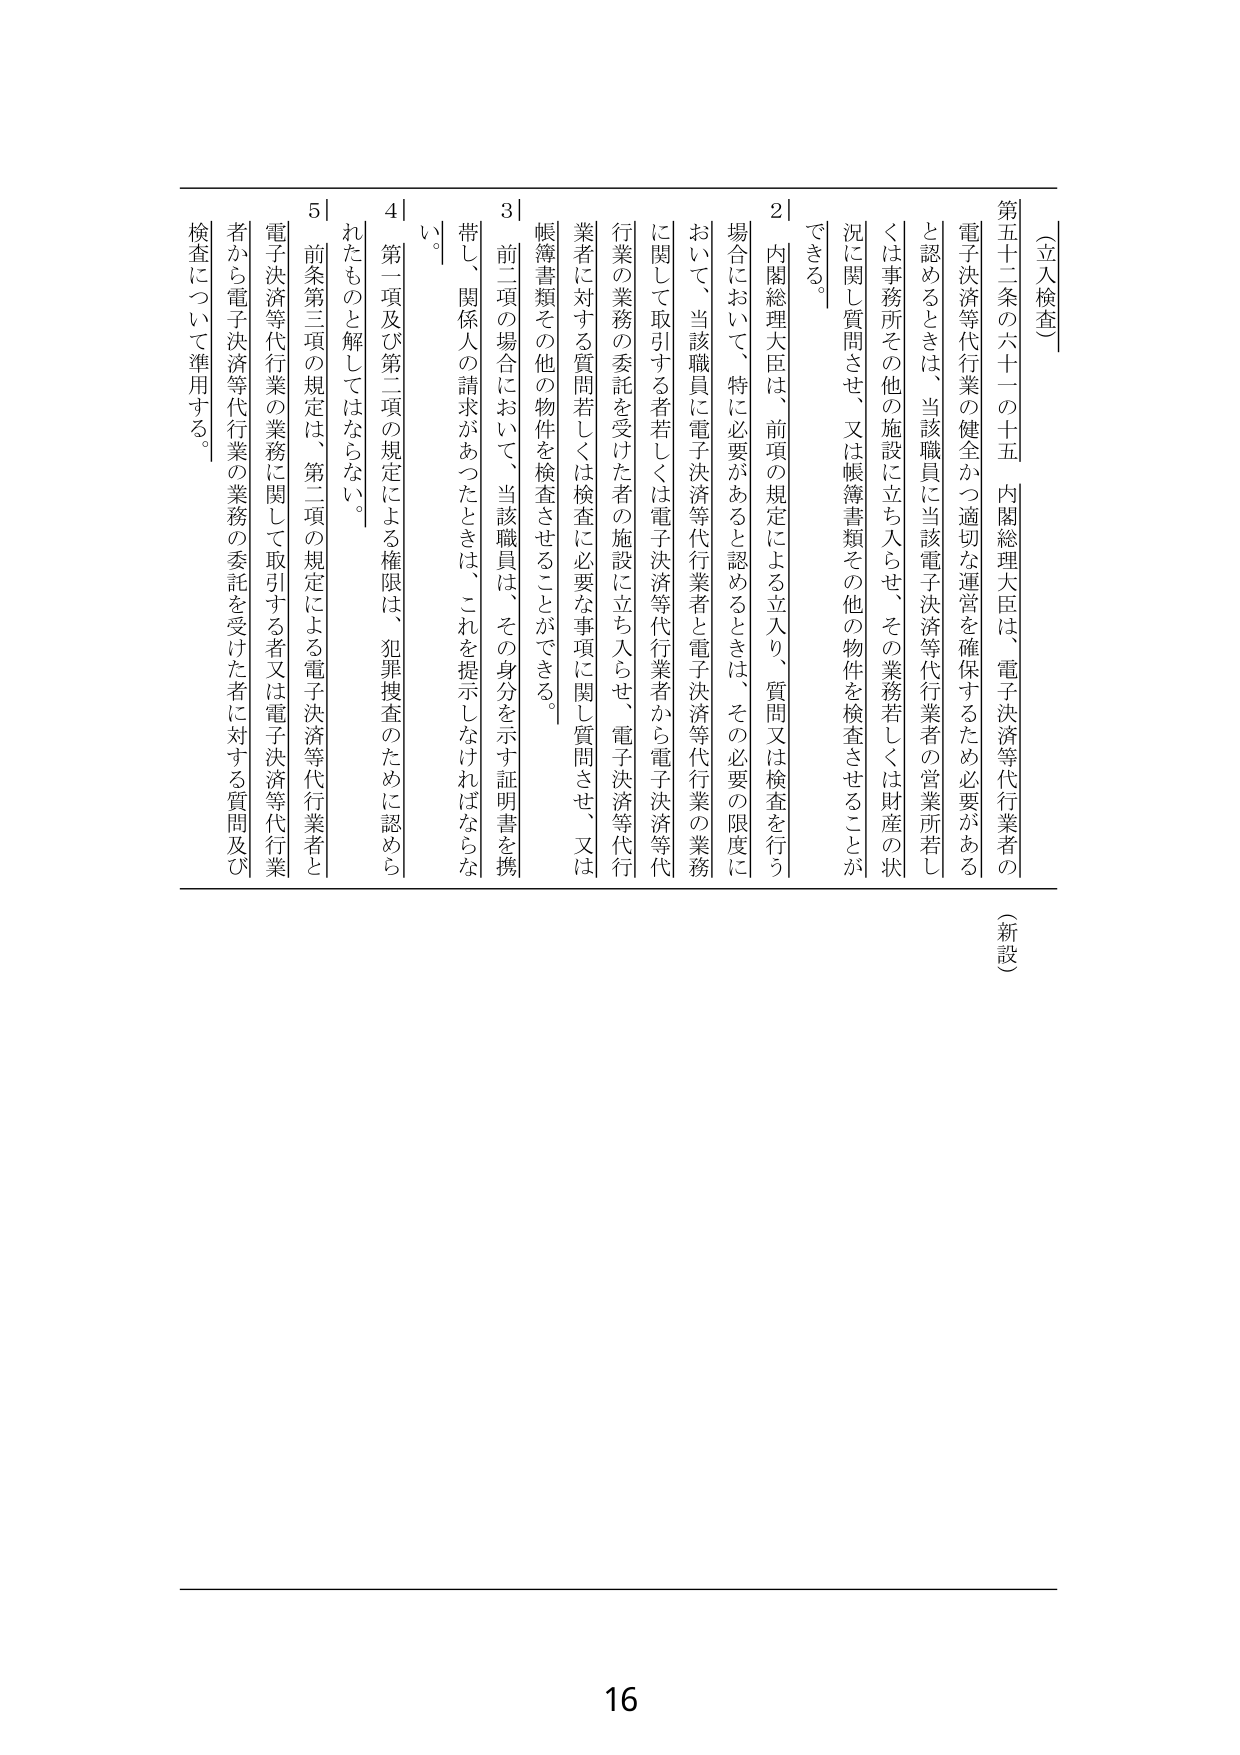
（立入検査）

第五十二条の六十一の十五　内閣総理大臣は、電子決済等代行業者の電子決済等代行業の健全かつ適切な運営を確保するため必要があると認めるときは、当該職員に当該電子決済等代行業者の営業所若しくは事務所その他の施設に立ち入らせ、その業務若しくは財産の状況に関し質問させ、又は帳簿書類その他の物件を検査させることができる。

２　内閣総理大臣は、前項の規定による立入り、質問又は検査を行う場合において、特に必要があると認めるときは、その必要の限度において、当該職員に電子決済等代行業者と電子決済等代行業の業務に関して取引する者若しくは電子決済等代行業者から電子決済等代行業の業務の委託を受けた者の施設に立ち入らせ、電子決済等代行業者に対する質問若しくは検査に必要な事項に関し質問させ、又は帳簿書類その他の物件を検査させることができる。

３　前二項の場合において、当該職員は、その身分を示す証明書を携帯し、関係人の請求があったときは、これを提示しなければならない。

４　第一項及び第二項の規定による権限は、犯罪捜査のために認められたものと解してはならない。

５　前条第三項の規定は、第二項の規定による電子決済等代行業者と電子決済等代行業の業務に関して取引する者又は電子決済等代行業者から電子決済等代行業の業務の委託を受けた者に対する質問及び検査について準用する。

（新設）

16